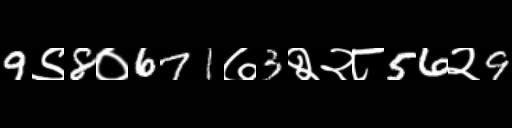
Text: 9९8०671७3२२८56२9